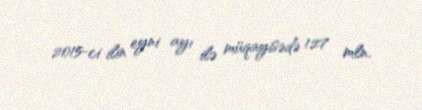
2015-ci ilin eyni ayı ilə müqayisədə 127 mln.